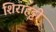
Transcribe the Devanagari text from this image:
शिराहट्टी